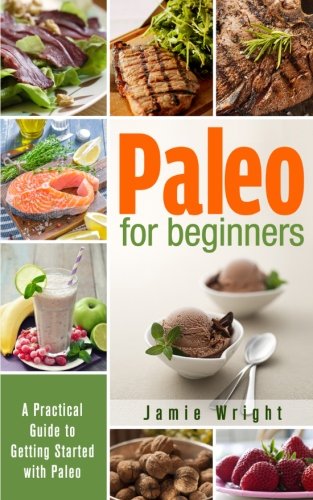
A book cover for Paleo for Beginners: A Practical Guide to Getting Started with Paleo; Jamie Wright; Health, Fitness & Dieting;